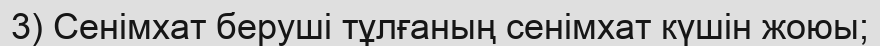
3) Сенімхат беруші тұлғаның cенімхат күшін жоюы;